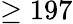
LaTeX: \geq 197